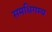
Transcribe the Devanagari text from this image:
समधिगम्य